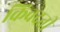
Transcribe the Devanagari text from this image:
किंवदती